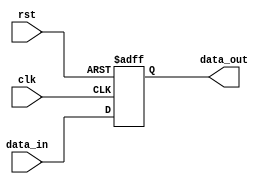
module behavioral_module (
    input wire clk,
    input wire rst,
    input wire [7:0] data_in,
    output reg [7:0] data_out
);

always @ (posedge clk or negedge rst)
begin
    if (~rst)
        data_out <= 8'b00000000;
    else
        data_out <= data_in;
end

endmodule